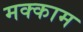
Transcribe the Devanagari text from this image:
मक्काम